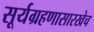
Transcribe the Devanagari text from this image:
सूर्यग्रहणासारखेच